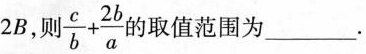
2 B$$，则 $$\frac { c } { b } + \frac { 2b } { a }$$ )取值范围为_________.